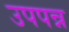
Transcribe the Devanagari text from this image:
उपपन्न